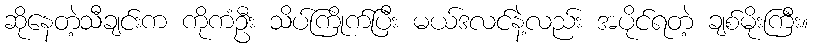
ဆိုနေတဲ့သီချင်းက ကိုကံဦး သိပ်ကြိုက်ပြီး မယ်ဒလင်နဲ့လည်း အပိုင်ရတဲ့ ချစ်မိုးကြီး။